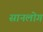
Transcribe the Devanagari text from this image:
सानलोग